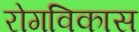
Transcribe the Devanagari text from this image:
रोगविकास